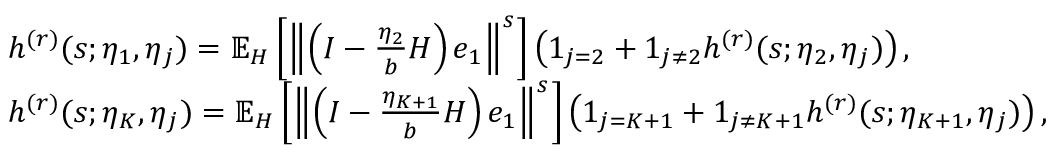
\begin{array} { r l } & { h ^ { ( r ) } ( s ; \eta _ { 1 } , \eta _ { j } ) = \mathbb { E } _ { H } \left[ \left\Vert \left( I - \frac { \eta _ { 2 } } { b } H \right) e _ { 1 } \right\Vert ^ { s } \right] \left( 1 _ { j = 2 } + 1 _ { j \neq 2 } h ^ { ( r ) } ( s ; \eta _ { 2 } , \eta _ { j } ) \right) , } \\ & { h ^ { ( r ) } ( s ; \eta _ { K } , \eta _ { j } ) = \mathbb { E } _ { H } \left[ \left\Vert \left( I - \frac { \eta _ { K + 1 } } { b } H \right) e _ { 1 } \right\Vert ^ { s } \right] \left( 1 _ { j = K + 1 } + 1 _ { j \neq K + 1 } h ^ { ( r ) } ( s ; \eta _ { K + 1 } , \eta _ { j } ) \right) , } \end{array}